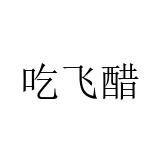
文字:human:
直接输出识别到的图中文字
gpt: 吃飞醋